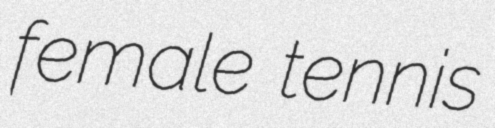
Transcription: female tennis